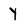
Character: Y